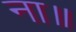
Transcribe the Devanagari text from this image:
ना॥